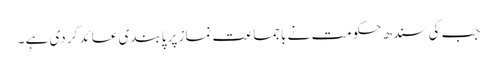
جب کی سندھ حکومت نے باجماعت نماز پر پابندی عائد کر دی ہے ۔